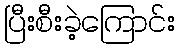
ပြီးစီးခဲ့ကြောင်း